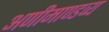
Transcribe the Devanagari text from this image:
अणीमाण्डव्य